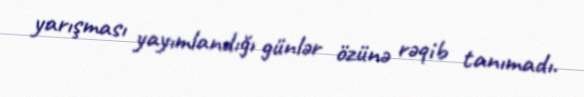
yarışması yayımlandığı günlər özünə rəqib tanımadı.